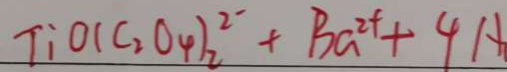
T : o 1 ( C _ { 2 } O _ { 4 } ) _ { 2 } ^ { 2 - } + B _ { G ^ { 2 + } } + 4 A